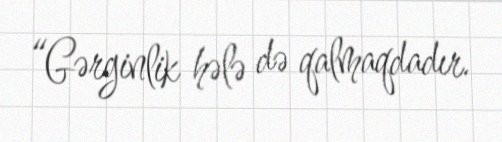
“Gərginlik hələ də qalmaqdadır.